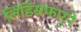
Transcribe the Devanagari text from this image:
लिंडिसफार्ने